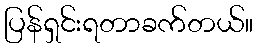
ပြန်ရှင်းရတာခက်တယ်။